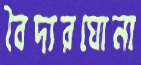
বৈদ্যরঘোনা